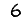
Digit: 6